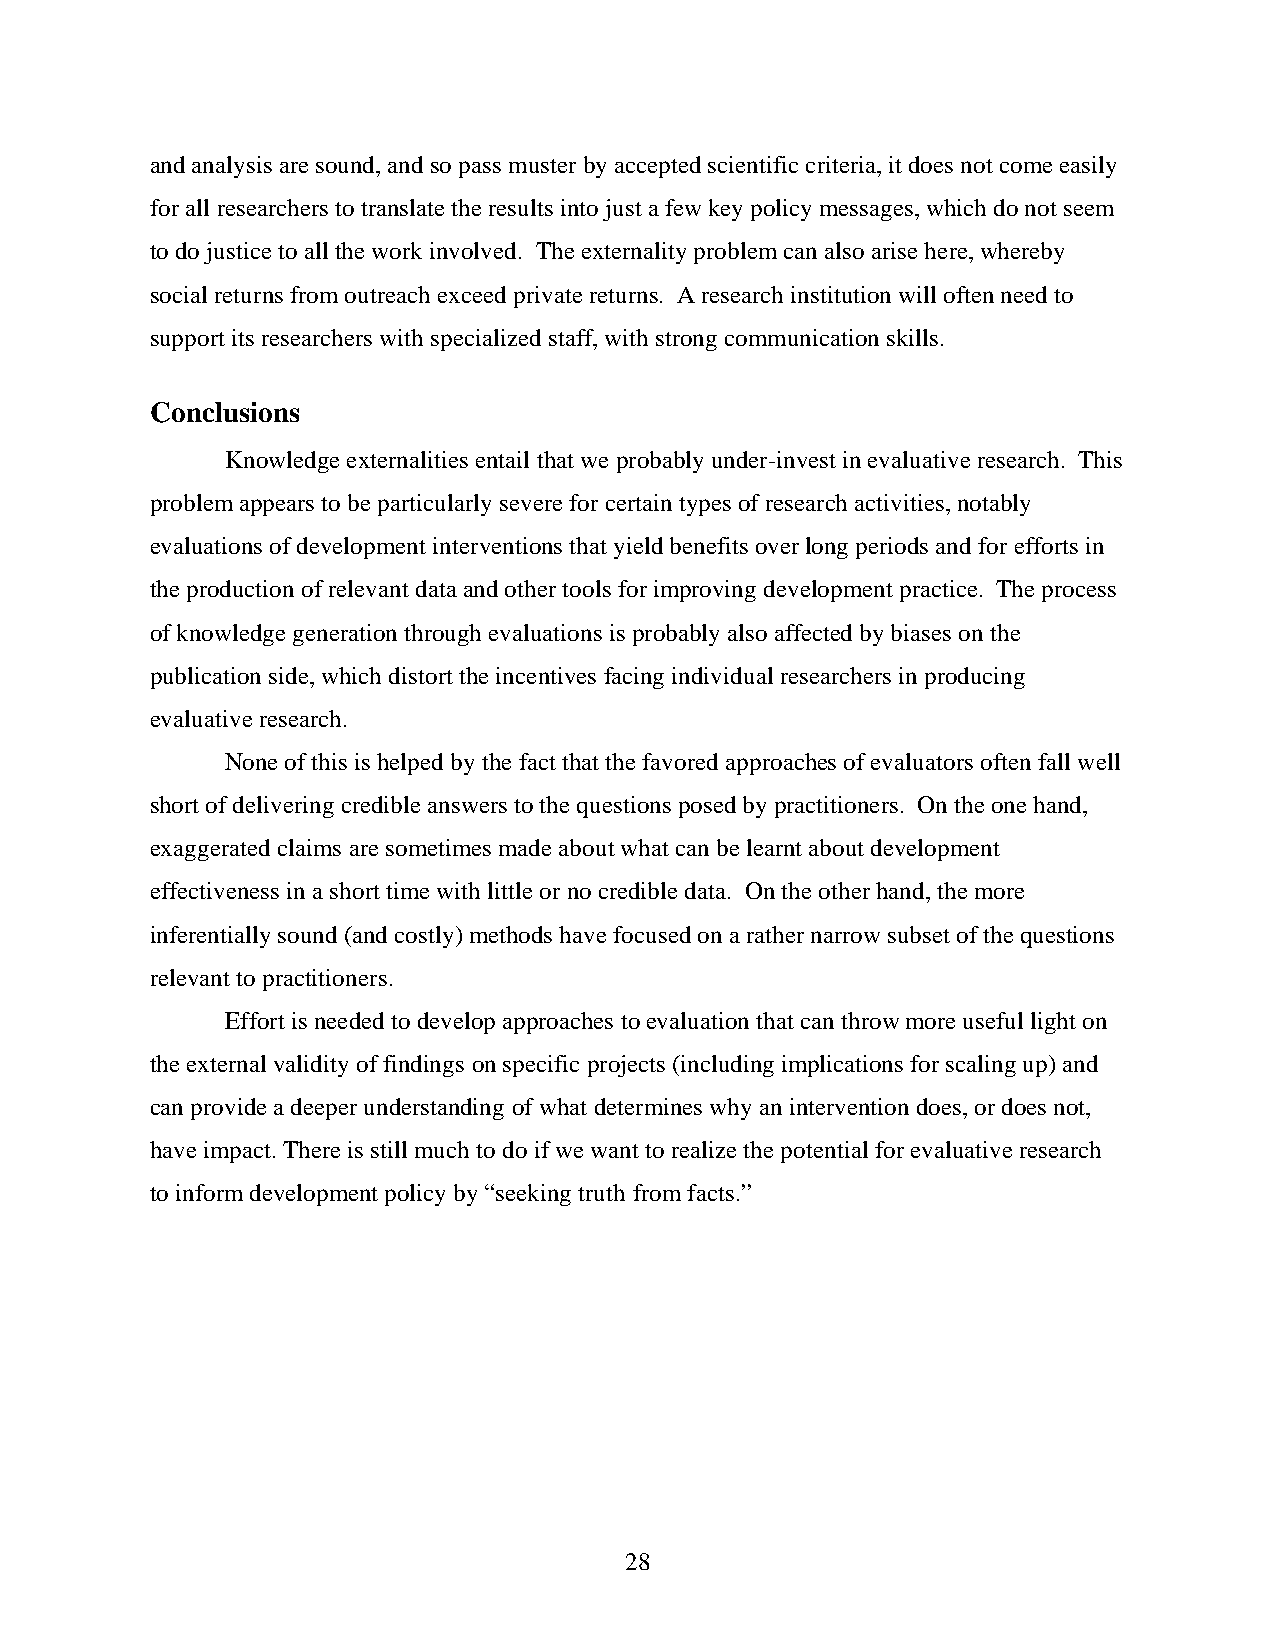
and analysis are sound, and so pass muster by accepted scientific criteria, it does not come easily
 for all researchers to translate the results into just a few key policy messages, which do not seem
 to do justice to all the work involved. The externality problem can also arise here, whereby
 social returns from outreach exceed private returns. A research institution will often need to
 support its researchers with specialized staff, with strong communication skills.
 Conclusions
 Knowledge externalities entail that we probably under-invest in evaluative research. This
 problem appears to be particularly severe for certain types of research activities, notably
 evaluations of development interventions that yield benefits over long periods and for efforts in
 the production of relevant data and other tools for improving development practice. The process
 of knowledge generation through evaluations is probably also affected by biases on the
 publication side, which distort the incentives facing individual researchers in producing
 evaluative research.
 None of this is helped by the fact that the favored approaches of evaluators often fall well
 short of delivering credible answers to the questions posed by practitioners. On the one hand,
 exaggerated claims are sometimes made about what can be learnt about development
 effectiveness in a short time with little or no credible data. On the other hand, the more
 inferentially sound (and costly) methods have focused on a rather narrow subset of the questions
 relevant to practitioners.
 Effort is needed to develop approaches to evaluation that can throw more useful light on
 the external validity of findings on specific projects (including implications for scaling up) and
 can provide a deeper understanding of what determines why an intervention does, or does not,
 have impact. There is still much to do if we want to realize the potential for evaluative research
 to inform development policy by “seeking truth from facts.”
 28